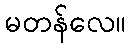
မတန်လေ။